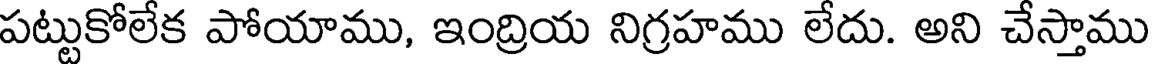
పట్టుకోలేక పోయాము, ఇంద్రియ నిగ్రహము లేదు. అని చేస్తాము